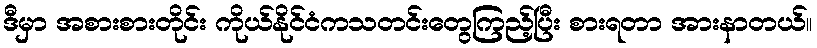
ဒီမှာ အစားစားတိုင်း ကိုယ်နိုင်ငံကသတင်းတွေကြည့်ပြီး စားရတာ အားနာတယ်။